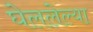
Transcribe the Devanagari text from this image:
घेललेल्या